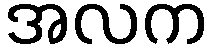
အလက